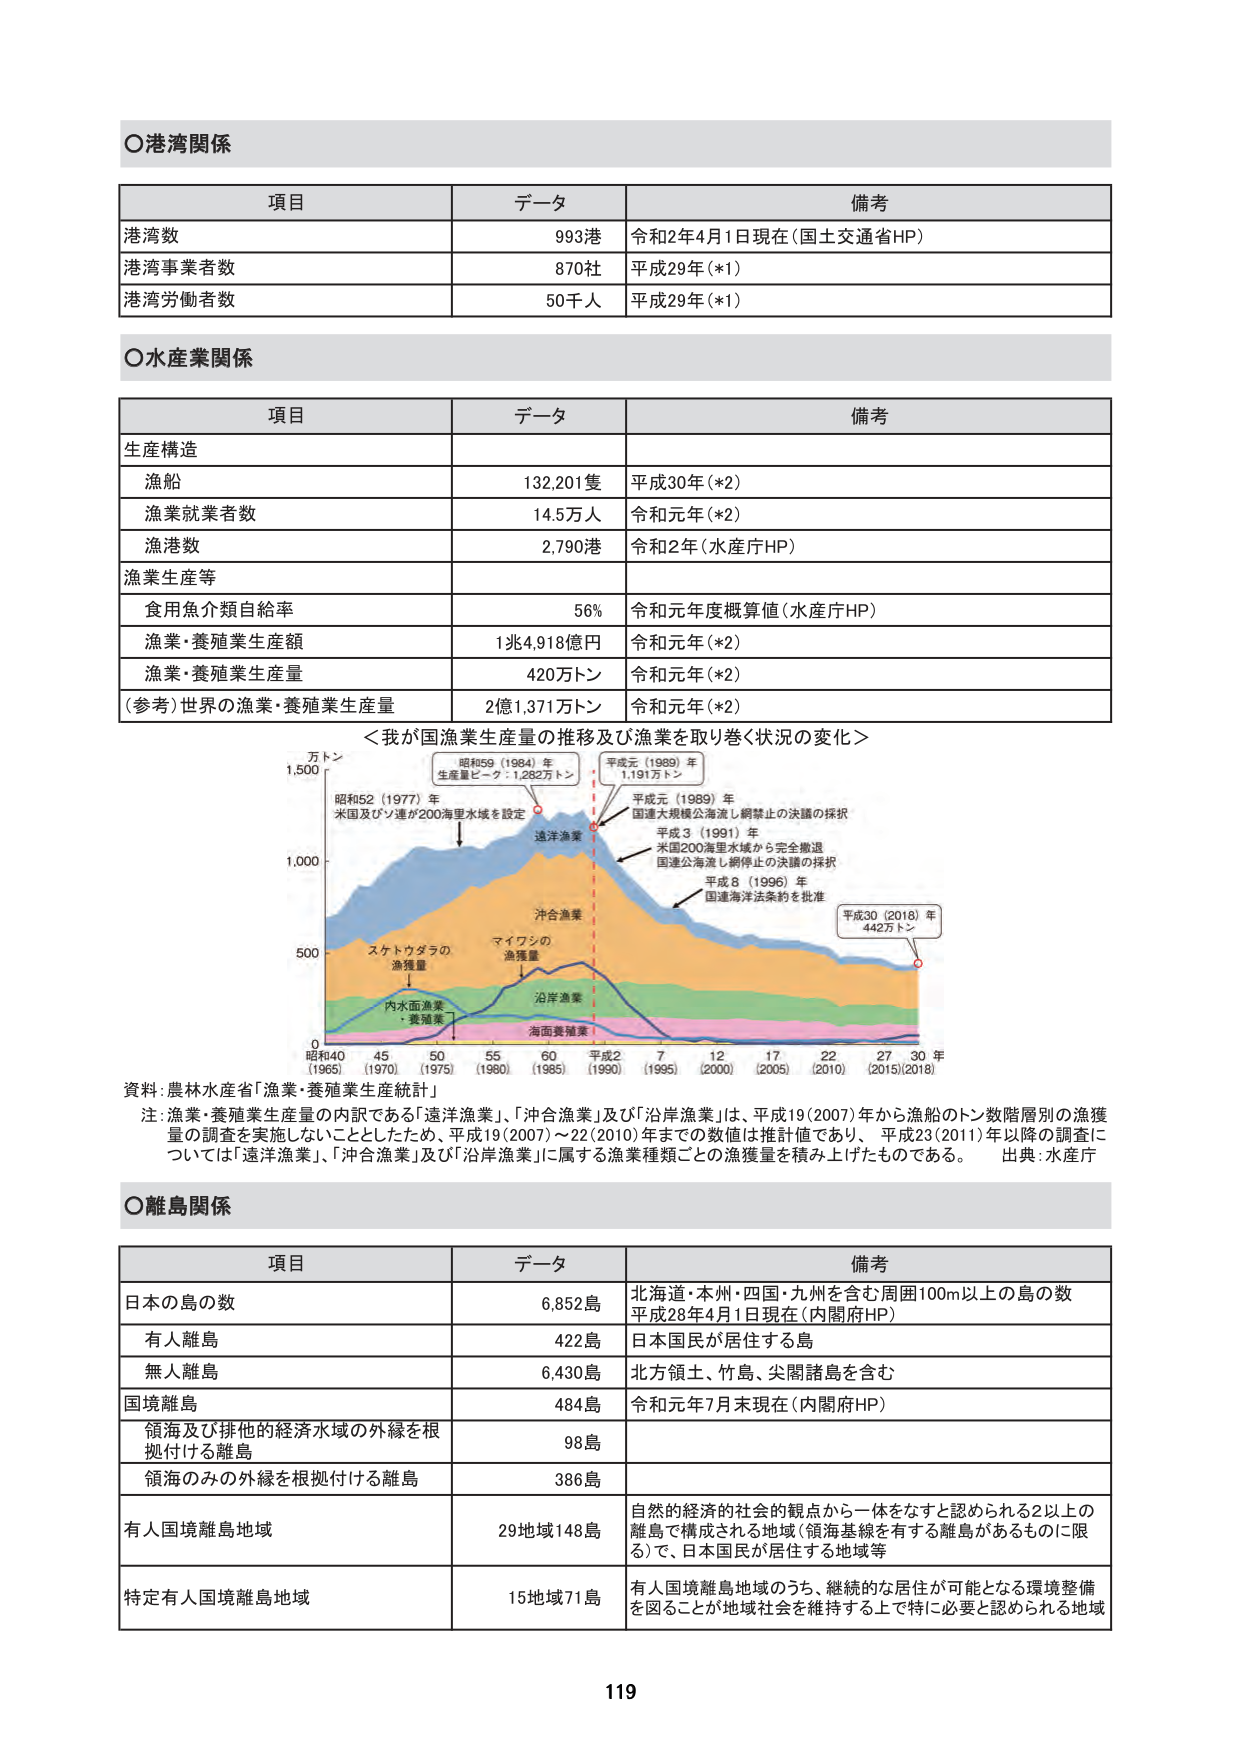
○港湾関係

項目 データ 備考
港湾数 993港 令和2年4月1日現在（国土交通省HP）
港湾事業者数 870社 平成29年（*1）
港湾労働者数 50千人 平成29年（*1）

○水産業関係

項目 データ 備考
生産構造
漁船 132,201隻 平成30年（*2）
漁業就業者数 14.5万人 令和元年（*2）
漁港数 2,790港 令和2年（水産庁HP）
漁業生産等
食用魚介類自給率 56% 令和元年度概算値（水産庁HP）
漁業・養殖業生産額 1兆4,918億円 令和元年（*2）
漁業・養殖業生産量 420万トン 令和元年（*2）
（参考）世界の漁業・養殖業生産量 2億1,371万トン 令和元年（*2）

＜我が国漁業生産量の推移及び漁業を取り巻く状況の変化＞

万トン
1,500
昭和52（1977）年
米国及びソ連が200海里水域を設定
昭和59（1984）年
生産量ピーク：1,282万トン
平成元（1989）年
1,191万トン
平成元（1989）年
国連大規模公海流し網禁止の決議の採択
平成3（1991）年
米国200海里水域から完全撤退
国連公海流し網停止の決議の採択
平成8（1996）年
国連海洋法条約を批准
平成30（2018）年
442万トン
遠洋漁業
沖合漁業
マイワシの
漁獲量
スケトウダラの
漁獲量
沿岸漁業
内水面漁業
・養殖業
海面養殖業
0
500
1,000
昭和40
（1965）
45
（1970）
50
（1975）
55
（1980）
60
（1985）
平成2
（1990）
7
（1995）
12
（2000）
17
（2005）
22
（2010）
27
（2015）
30 年
（2018）

資料：農林水産省「漁業・養殖業生産統計」
注：漁業・養殖業生産量の内訳である「遠洋漁業」、「沖合漁業」及び「沿岸漁業」は、平成19（2007）年から漁船のトン数階層別の漁獲量の調査を実施しないこととしたため、平成19（2007）～22（2010）年までの数値は推計値であり、平成23（2011）年以降の調査については「遠洋漁業」、「沖合漁業」及び「沿岸漁業」に属する漁業種類ごとの漁獲量を積み上げたものである。 出典：水産庁

○離島関係

項目 データ 備考
日本の島の数 6,852島 北海道・本州・四国・九州を含む周囲100m以上の島の数
平成28年4月1日現在（内閣府HP）
有人離島 422島 日本国民が居住する島
無人離島 6,430島 北方領土、竹島、尖閣諸島を含む
国境離島 484島 令和元年7月末現在（内閣府HP）
領海及び排他的経済水域の外縁を根拠付ける離島 98島
領海のみの外縁を根拠付ける離島 386島
有人国境離島地域 29地域148島 自然的経済的社会的観点から一体をなすと認められる2以上の離島で構成される地域（領海基線を有する離島があるものに限る）で、日本国民が居住する地域等
特定有人国境離島地域 15地域71島 有人国境離島地域のうち、継続的な居住が可能となる環境整備を図ることが地域社会を維持する上で特に必要と認められる地域

119